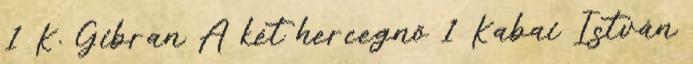
1 K. Gibran A két hercegnő 1 Kabai István